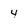
Character: 4